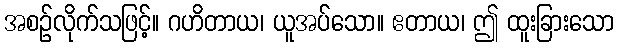
အစဉ်လိုက်သဖြင့်။ ဂဟိတာယ၊ ယူအပ်သော။ ဧတာယ၊ ဤ ထူးခြားသော